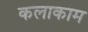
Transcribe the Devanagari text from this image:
कलाकाम